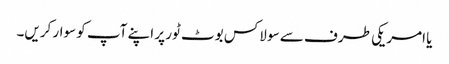
یا امریکی طرف سے سو لاکس بوٹ ٹور پر اپنے آپ کو سوار کریں۔